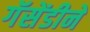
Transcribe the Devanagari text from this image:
गॅसेंडीने